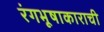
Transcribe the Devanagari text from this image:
रंगभूषाकाराची